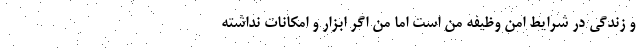
و زندگی در شرایط امن وظیفه من است اما من اگر ابزار و امکانات نداشته